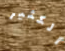
الكثير